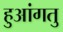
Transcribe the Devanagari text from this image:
हुआंगतु